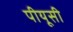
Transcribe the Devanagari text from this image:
पीयूसी